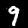
Digit: 9